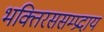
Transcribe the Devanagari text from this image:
भक्तिरससम्प्रदाय